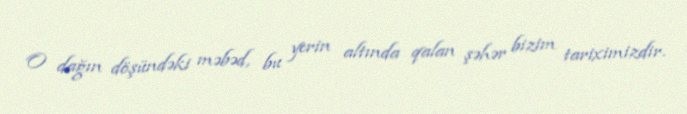
O dağın döşündəki məbəd, bu yerin altında qalan şəhər bizim tariximizdir.